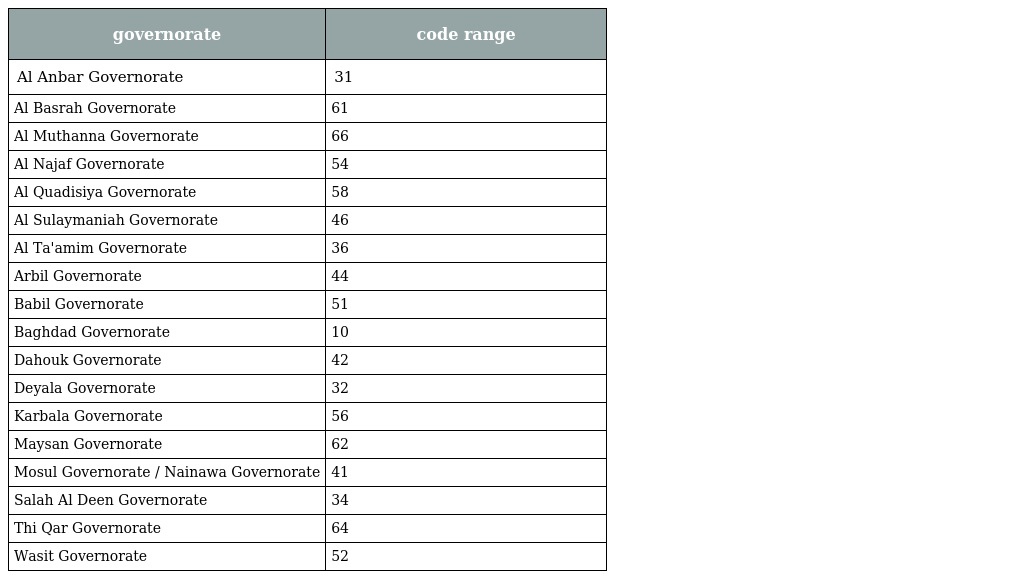
| governorate | code range |
 | --- | --- |
 | Al Anbar Governorate | 31 |
 | Al Basrah Governorate | 61 |
 | Al Muthanna Governorate | 66 |
 | Al Najaf Governorate | 54 |
 | Al Quadisiya Governorate | 58 |
 | Al Sulaymaniah Governorate | 46 |
 | Al Ta'amim Governorate | 36 |
 | Arbil Governorate | 44 |
 | Babil Governorate | 51 |
 | Baghdad Governorate | 10 |
 | Dahouk Governorate | 42 |
 | Deyala Governorate | 32 |
 | Karbala Governorate | 56 |
 | Maysan Governorate | 62 |
 | Mosul Governorate / Nainawa Governorate | 41 |
 | Salah Al Deen Governorate | 34 |
 | Thi Qar Governorate | 64 |
 | Wasit Governorate | 52 |